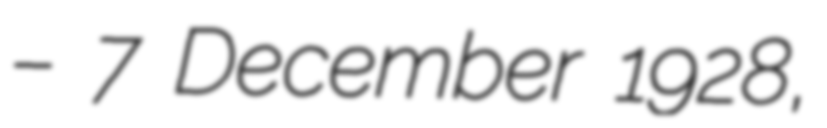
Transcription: – 7 December 1928,